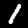
Digit: 1